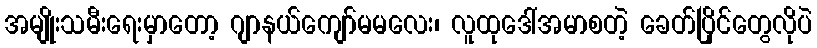
အမျိုးသမီးရေးမှာတော့ ဂျာနယ်ကျော်မမလေး၊ လူထုဒေါ်အမာစတဲ့ ခေတ်ပြိုင်တွေလိုပဲ